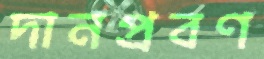
দানপ্রবণ